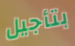
بتأجيل